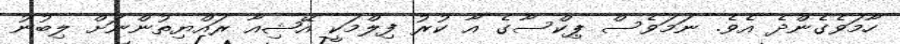
ހާމަވެގެންދެ އެވެ. ނަމަވެސް ޕިކްސާގެ އާ ކުރު ފިލްމަކީ އޭޝިއާ ރައްޔިތުންނަށް ލިބުުނު